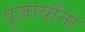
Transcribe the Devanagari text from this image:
पुजार्यांना